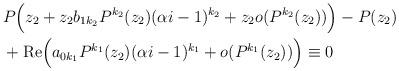
LaTeX: \begin{align*}&P\Big(z_2+z_2 b_{1k_2}P^{k_2}(z_2)(\alpha i-1)^{k_2}+z_2o(P^{k_2}(z_2))\Big)-P(z_2)\\&+\mathrm{Re} \Big(a_{0k_1}P^{k_1}(z_2)(\alpha i-1)^{k_1}+o(P^{k_1}(z_2))\Big)\equiv 0\end{align*}